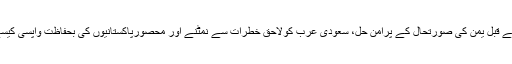
اس سے قبل یمن کی صورتحال کے پُرامن حل، سعودی عرب کولاحق خطرات سے نمٹنے اور محصورپاکستانیوں کی بحفاظت واپسی کیسے ہو۔